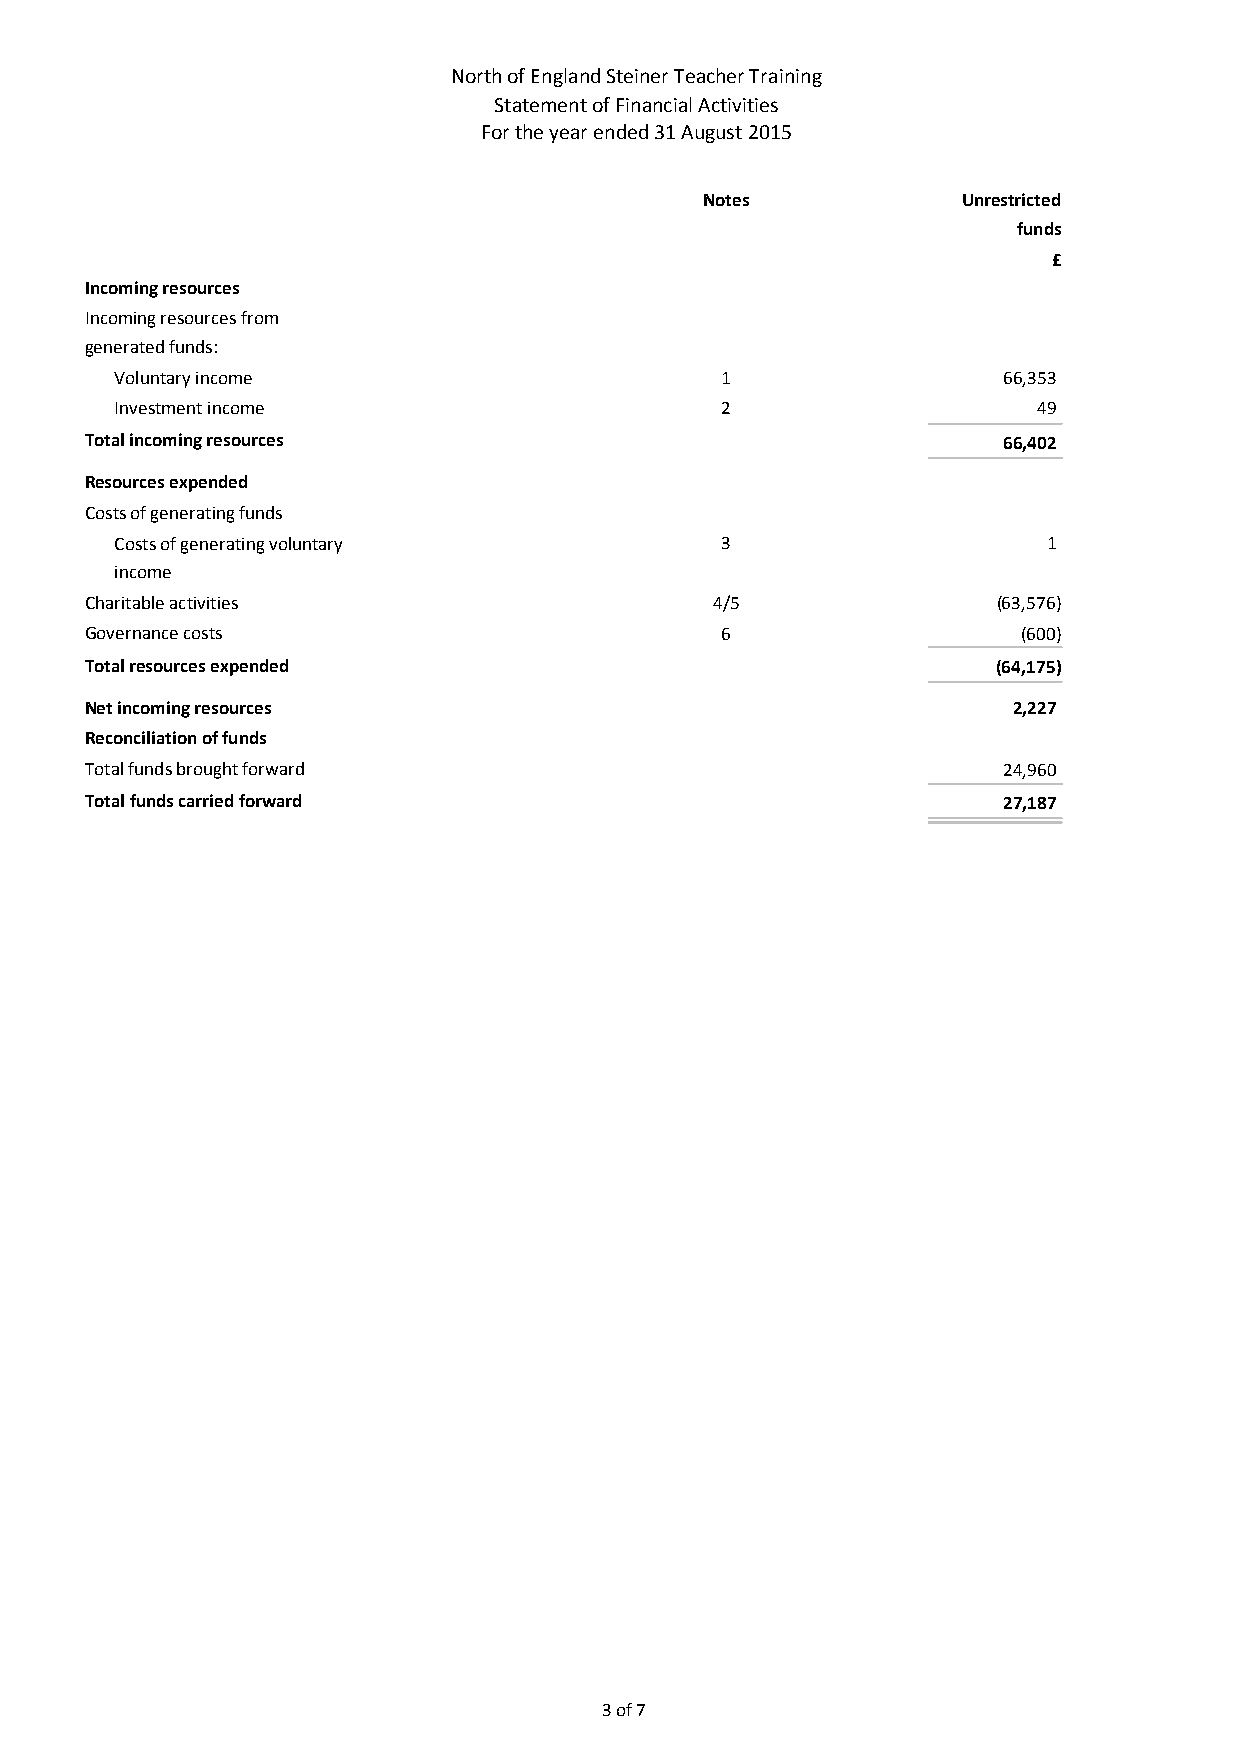
North of England Steiner Teacher Training
 Statement of Financial Activities
 For the year ended 31 August 2015
 Notes            Unrestricted
 funds
 £
 Incoming resources
 Incoming resources from
 generated funds:
 Voluntary income                        1                 66,353
 Investment income                       2                    49
 Total incoming resources                                    66,402
 Resources expended
 Costs of generating funds
 Costs of generating voluntary           3                    1
 income
 Charitable activities                    4/5                (63,576)
 Governance costs                          6                   (600)
 Total resources expended                                    (64,175)
 Net incoming resources                                       2,227
 Reconciliation of funds
 Total funds brought forward                                 24,960
 Total funds carried forward                                 27,187
 3 of 7